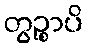
တွဉ္စာပိ